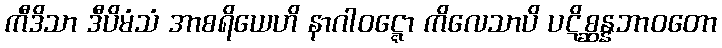
ကီဒိသာ ဒီပိမံသံ အာစရိယေဟိ နာဂါဝဋ္ဋော ကိလေသာပိ ပဋိစ္ဆန္နဘာဝတော